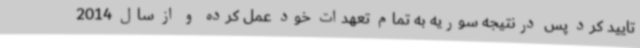
تایید کرد پس درنتیجه سوریه به تمام تعهدات خود عمل کرده و از سال 2014